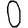
Digit: 0